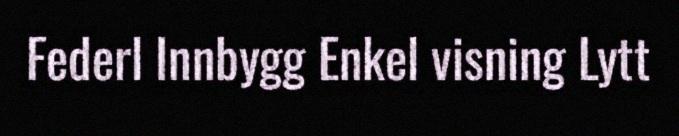
Federl Innbygg Enkel visning Lytt